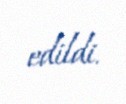
edildi.